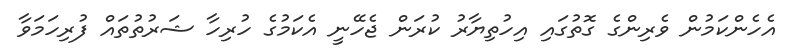
އެހެންކަމުން ވެރިންގެ ގޮތުގައި އިހުތިޔާރު ކުރަން ޖެހޭނީ އެކަމުގެ ހުރިހާ ޝަރުތުތައް ފުރިހަމަވާ